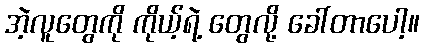
အဲ့လူတွေကို ကိုယ့်ရဲ့ တွေလို့ ခေါ်တာပေါ့။